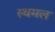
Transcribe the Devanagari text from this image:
स्थमल